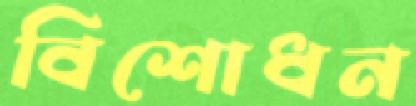
বিশোধন